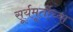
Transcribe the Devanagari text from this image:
सूर्यमूर्तीच्या